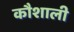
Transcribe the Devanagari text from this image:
कौशाली